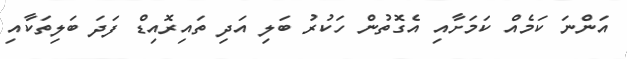
އަންނަ ކަމެއް ކަމަށާއި އެގޮތުން ހަކުރު ބަލި އަދި ތައިރޮއިޑް ފަދަ ބަލިތަކާއި